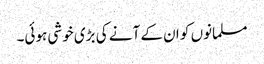
مسلمانوں کو ان کے آنے کی بڑی خوشی ہوئی۔